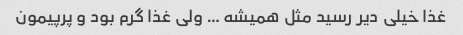
غذا خیلی دیر رسید مثل همیشه … ولی غذا گرم بود و پرپیمون